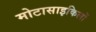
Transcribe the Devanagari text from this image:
मोटासाइकिलों